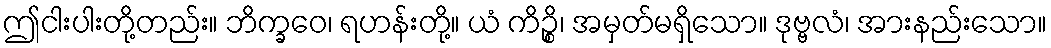
ဤငါးပါးတို့တည်း။ ဘိက္ခဝေ၊ ရဟန်းတို့။ ယံ ကိဉ္စိ၊ အမှတ်မရှိသော။ ဒုဗ္ဗလံ၊ အားနည်းသော။